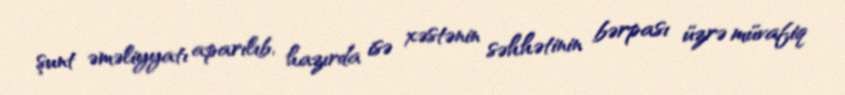
şunt əməliyyatı aparılıb, hazırda isə xəstənin səhhətinin bərpası üzrə müvafiq